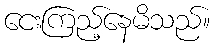
ငေးကြည့်နေမိသည်။